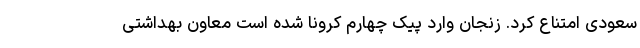
سعودی امتناع کرد. زنجان وارد پیک چهارم کرونا شده است معاون بهداشتی